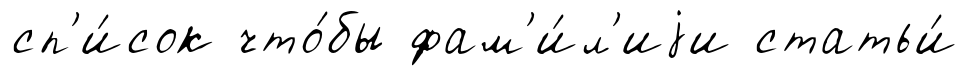
сп'и́сок что́бы фам'и́л'иjи статьи́